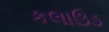
કલાઉડ